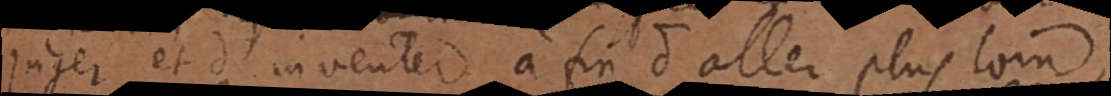
juger et d’inventer, à fin d’aller plus loin,